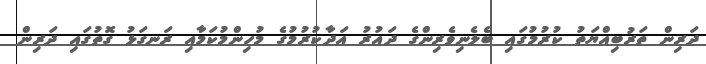
ދަރިން ތަރުބިއްޔަތު ކުރުމުގައި ބެލެނިވެރިންގެ ދައުރު އަދާކުރުމުގެ މުހިންމުކަމާއި ރަނގަޅު ގޮތުގައި ދަރިން